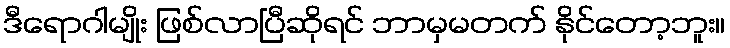
ဒီရောဂါမျိုး ဖြစ်လာပြီဆိုရင် ဘာမှမတက် နိုင်တော့ဘူး။